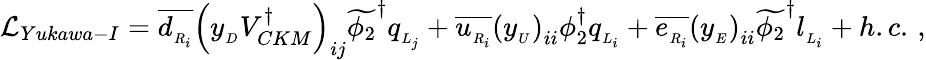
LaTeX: {\mathcal L}_{Yukawa-I}=\overline{{{d_{_{R_{i}}}}}}\left(y_{_{D}}V_{CKM}^{\dagger}\right)_{ij}\widetilde{\phi_{2}}^{\dagger}q_{_{L_{j}}}+\overline{{{u_{_{R_{i}}}}}}\left(y_{_{U}}\right)_{ii}\phi_{2}^{\dagger}q_{_{L_{i}}}+\overline{{{e_{_{R_{i}}}}}}\left(y_{_{E}}\right)_{ii}\widetilde{\phi_{2}}^{\dagger}l_{_{L_{i}}}+h.c.\, ,